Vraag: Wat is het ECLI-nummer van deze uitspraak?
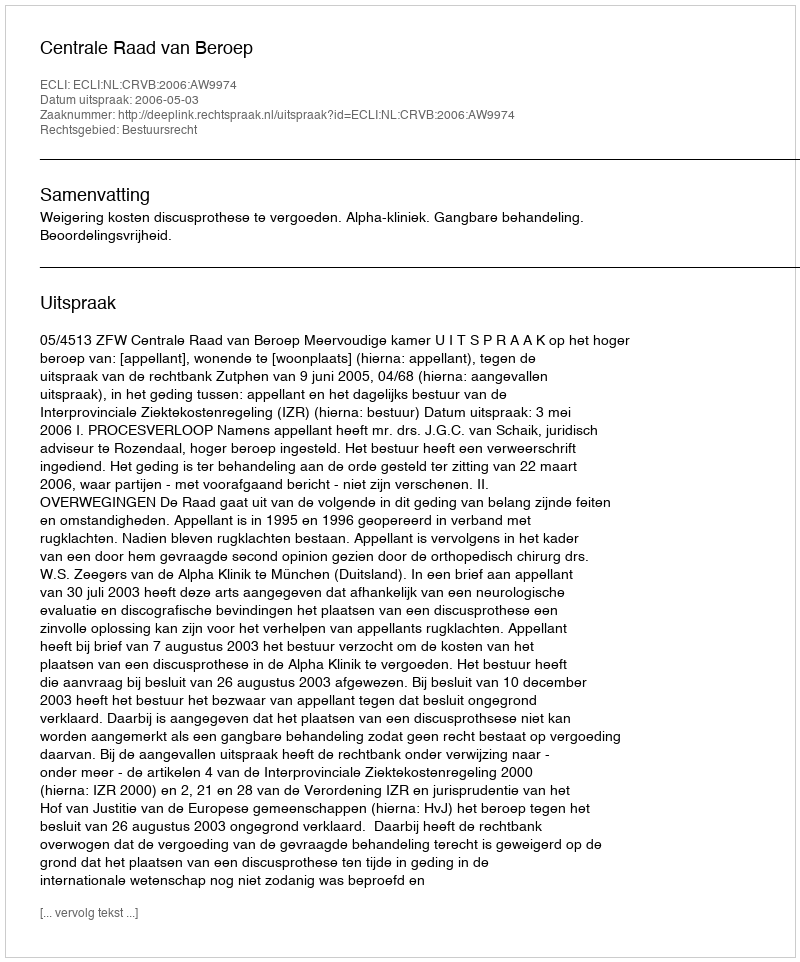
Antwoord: ECLI:NL:CRVB:2006:AW9974